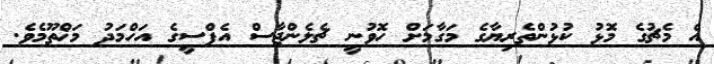
އެ މެޗުގެ މޮޅު ކުޅުންތެރިޔާގެ މަގާމަށް ހޮވުނީ ޗެލެންޖާސް އެފްސީގެ އަހްމަދު މަޚްތޫމެވެ.